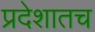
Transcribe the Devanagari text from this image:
प्रदेशातच